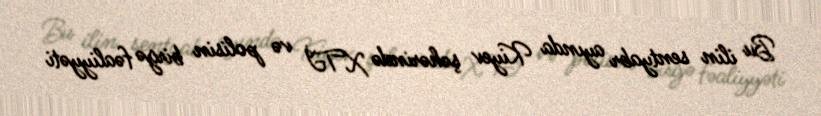
Bu ilin sentyabr ayında Kiyev şəhərində XTİ və polisin birgə fəaliyyəti